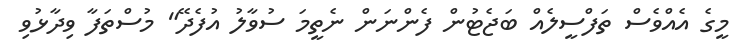
މީގެ އެއްވެސް ތަފްސީލެއް ބަޖެޓުން ފެންނަން ނެތީމަ ސުވާލު އުފެދޭ" މުސްތަފާ ވިދާޅުވި